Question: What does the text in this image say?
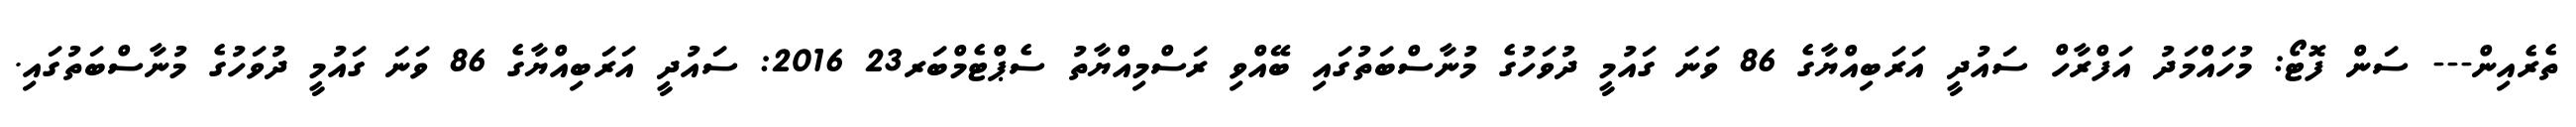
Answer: ތެރެއިން--- ސަން ފޮޓޯ: މުހައްމަދު އަފްރާހް ސައުދީ އަރަބިއްޔާގެ 86 ވަނަ ގައުމީ ދުވަހުގެ މުނާސްބަތުގައި ބޭއްވި ރަސްމިއްޔާތު ސެޕްޓެމްބަރ23 2016: ސައުދީ އަރަބިއްޔާގެ 86 ވަނަ ގައުމީ ދުވަހުގެ މުނާސްބަތުގައި.